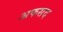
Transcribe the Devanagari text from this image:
अफसद